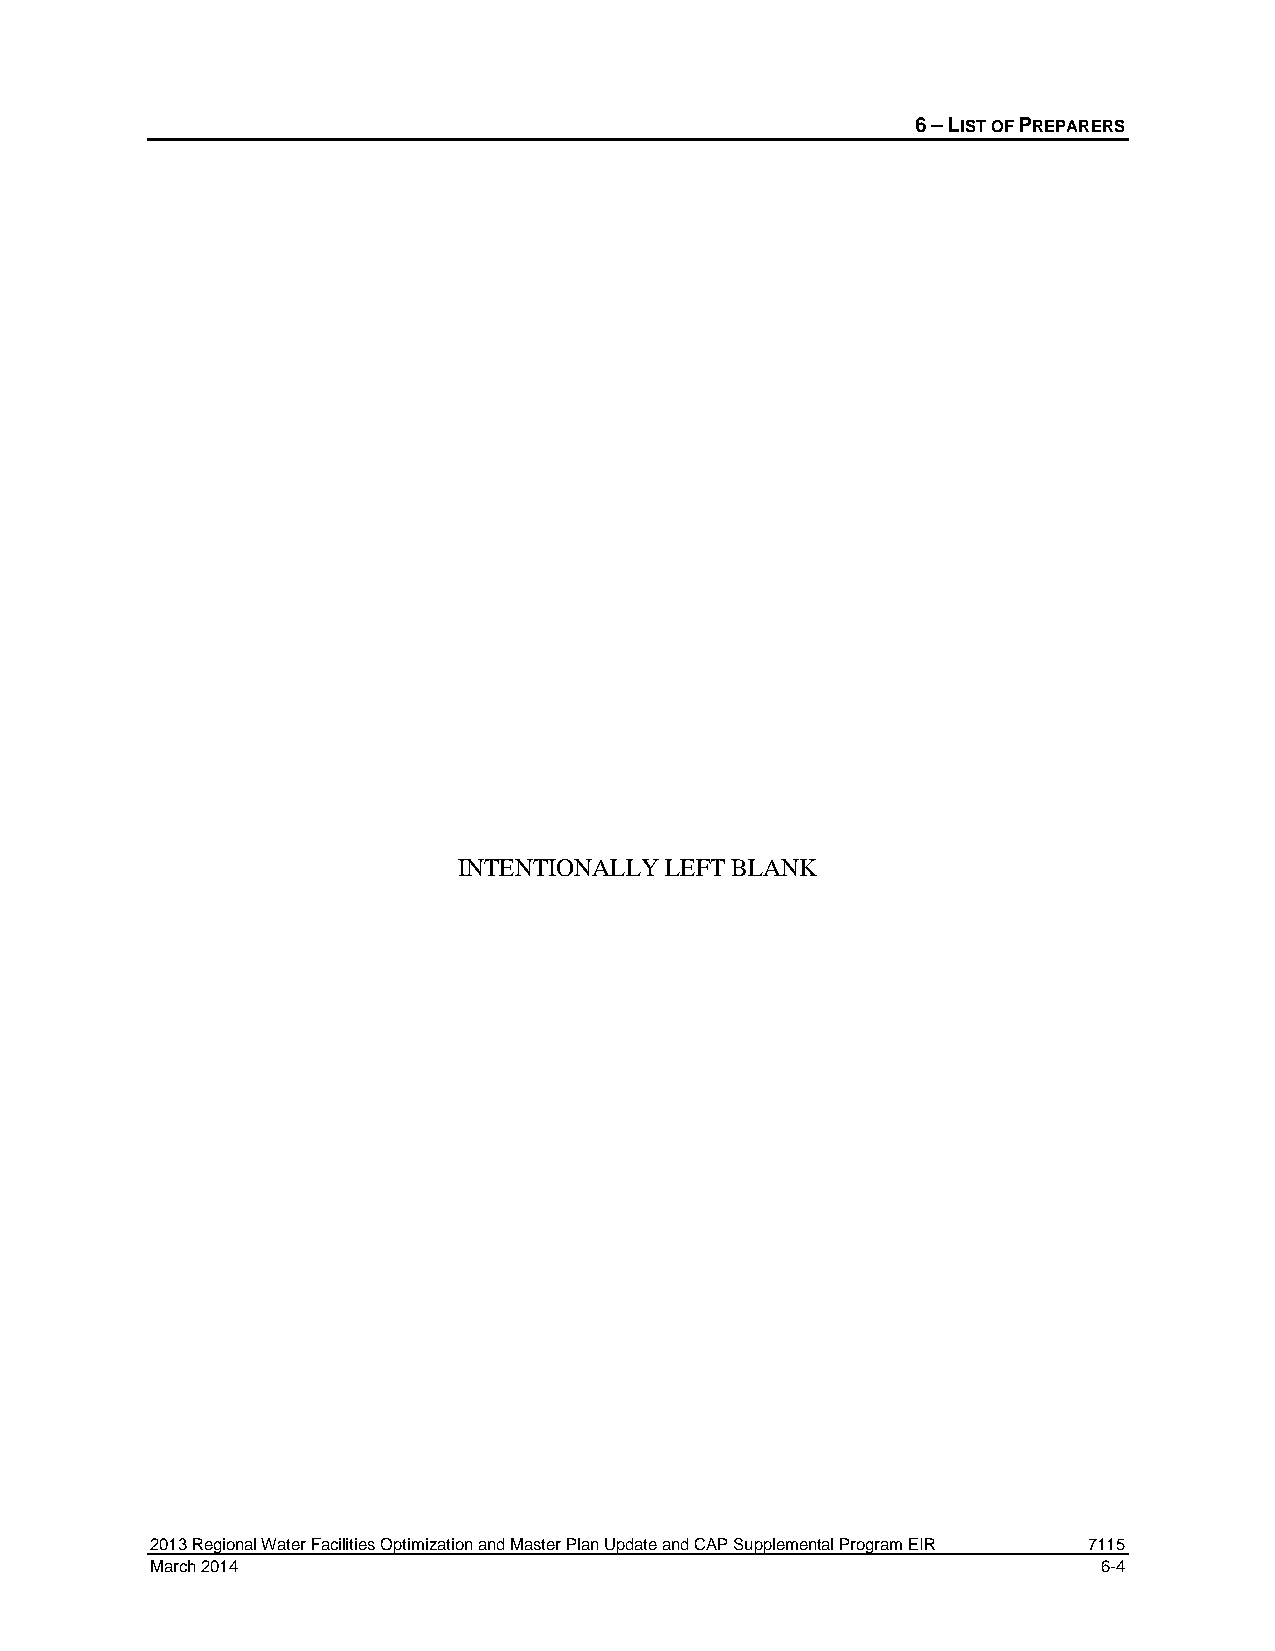
6 – LIST OF PREPARERS
 INTENTIONALLY LEFT BLANK
 2013 Regional Water Facilities Optimization and Master Plan Update and CAP Supplemental Program EIR 7115
 March 2014                                                     6-4